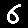
Digit: 6